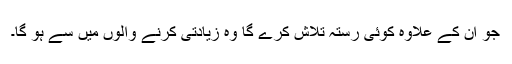
جو ان کے علاوہ کوئی رستہ تلاش کرے گا وہ زیادتی کرنے والوں میں سے ہو گا۔